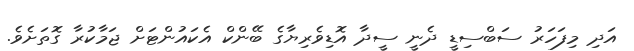
އަދި މިފަހަރު ސަބްސިޑީ ދެނީ ސީދާ އޮޑިވެރިޔާގެ ބޭންކް އެކައުންޓަށް ޖަމާކުރާ ގޮތަށެވެ.